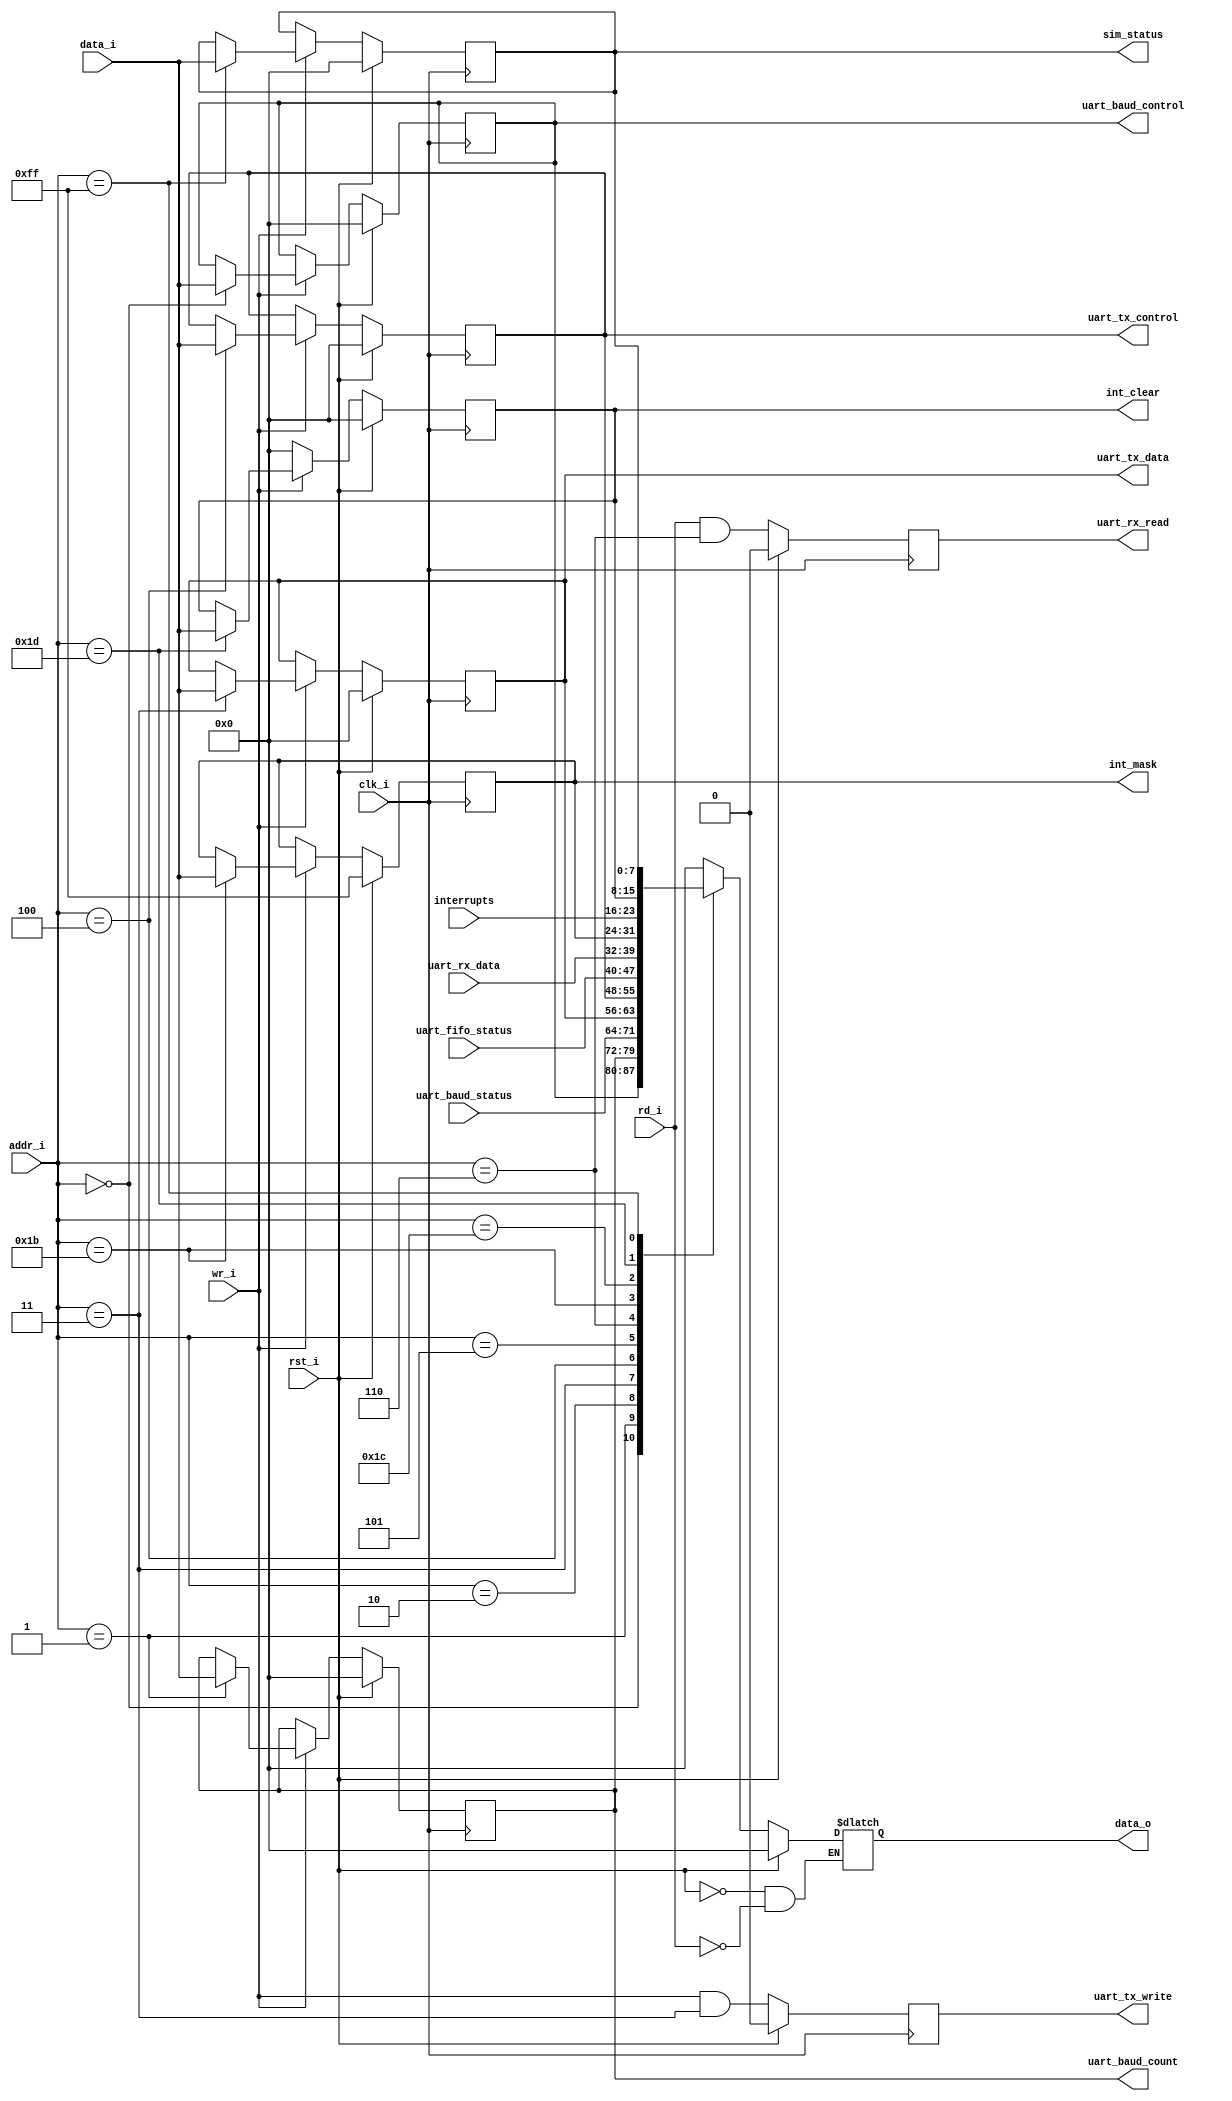
//                              -*- Mode: Verilog -*-
// Description     : Picoblaze SOC Register File
// Last Modified By: .
// Last Modified On: .
// Update Count    : 0
// Status          : Unknown, Use with caution!

module pb_soc_registers(
			//
			// System Signals
			//
			input wire clk_i,
			input wire rst_i,
			
			//
			// Test Bench/Simulations 
			//
			output reg [7:0] sim_status,
			
			//
			// Bus Signals
			//
			input wire [7:0] addr_i,
			input wire [7:0] data_i,
			input wire rd_i,
			input wire wr_i,		 
			output reg [7:0] data_o,
			
			//
			// Interrupt Controller
			//
			input wire [7:0] interrupts,
			output reg [7:0] int_mask,
			output reg [7:0] int_clear,
			
			//
			// UART
			//
			output reg [7:0] uart_baud_control,
			output reg [7:0] uart_baud_count,
			input wire [7:0] uart_baud_status,      //Read Only!
			output reg [7:0] uart_tx_data,
			output reg [7:0] uart_tx_control,
			input wire [7:0] uart_fifo_status,     //Read Only!
			input wire [7:0] uart_rx_data,         //Read Only!
			output reg uart_tx_write,
			output reg uart_rx_read
			
			);
    
    
    //UART Registers
`define UART_BAUD_CONTROL 8'h00
`define UART_BAUD_COUNT   8'h01
`define UART_BAUD_STATUS  8'h02
`define UART_TX_DATA      8'h03
`define UART_TX_CONTROL   8'h04
`define UART_FIFO_STATUS  8'h05
`define UART_RX_DATA      8'h06
    
    //Interrupt Controller Registers
`define INT_MASK          8'h1B
`define INT_STATUS        8'h1C
`define INT_CLEAR         8'h1D


    //
    // Testbench/Simulation Control
    //
`define SIM_STATUS        8'hFF
    
   always @(posedge clk_i)
     if (rst_i)
       uart_tx_write <= 1'b0;
     else
       uart_tx_write <= wr_i & (addr_i == `UART_TX_DATA);
    
    always @(posedge clk_i)
      if (rst_i)
	uart_rx_read <= 1'b0;
      else
	uart_rx_read <= rd_i & (addr_i == `UART_RX_DATA);
    
    
    //    
    // Register Reading
    //
    always @ *
      if (rst_i)
	begin
	    data_o <= 8'b0;	  
	end
      else
	if (rd_i)
	  case (addr_i)
	      `UART_BAUD_CONTROL: data_o <= uart_baud_control;
	      `UART_BAUD_COUNT  : data_o <= uart_baud_count;
	      `UART_BAUD_STATUS : data_o <= uart_baud_status;
	      
	      `UART_TX_DATA     : data_o <= uart_tx_data;
	      `UART_TX_CONTROL  : data_o <= uart_tx_control;
	      `UART_FIFO_STATUS : data_o <= uart_fifo_status;
	      `UART_RX_DATA     : data_o <= uart_rx_data;
	      
	      `INT_MASK         : data_o <= int_mask;
	      `INT_STATUS       : data_o <= interrupts;
	      `INT_CLEAR        : data_o <= int_clear;	     


	      `SIM_STATUS        : data_o <= sim_status;	     
	      default: data_o <= 8'b0;
	  endcase // case(addr_i)


   /**
    Register Writting
    **/
    always@(posedge clk_i)
      if (rst_i)
	begin
	    uart_baud_control  <= 8'b0;
	    uart_baud_count    <= 8'b0;
	    uart_tx_data       <= 8'b0;
	    uart_tx_control    <= 8'b0;
	    int_clear          <= 8'h0;
	    int_mask           <= 8'hFF;
	    sim_status         <= 8'h00;	    
	end
      else
	if (wr_i)
	  case (addr_i)
	      `UART_BAUD_CONTROL:     uart_baud_control  <= data_i;
	      `UART_BAUD_COUNT:       uart_baud_count    <= data_i;
	      `UART_TX_DATA:          uart_tx_data       <= data_i;
	      `UART_TX_CONTROL:       uart_tx_control    <= data_i;
	      
	      `INT_MASK         : int_mask <= data_i;
	      `INT_CLEAR        : int_clear <= data_i;

	      `SIM_STATUS        : sim_status <= data_i;	 	   	      
	  endcase // case(addr_i)
	else
	  int_clear <= 8'h0;    
    
    
endmodule // pb_soc_registers